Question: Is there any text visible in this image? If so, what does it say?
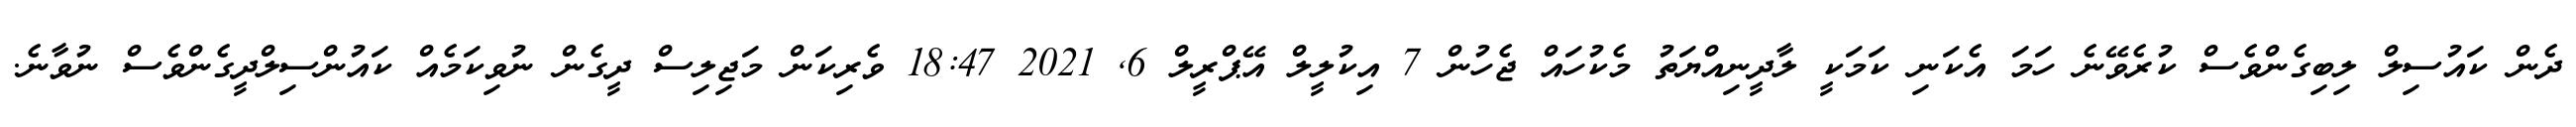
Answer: ދެން ކައުސިލް ލިބިގެންވެސް ކުރެވޭނެ ހަމަ އެކަނި ކަމަކީ ލާދީނިއްޔަތު މެކުހައް ޖެހުން 7 އިކުލީލް އޭޕްރީލް 6, 2021 18:47 ވެރިކަން މަޖިލިސް ދީގެން ނުވިކަމެއް ކައުންސިލްދީގެންވެސް ނުވާނެ.